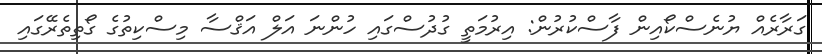
ގަރާރެއް ޔުނެސްކޯއިން ފާސްކުރުން: އިރުމަތީ ގުދުސްގައި ހުންނަ އަލް އަޤްސާ މިސްކިތުގެ ގޯތިތެރޭގައި